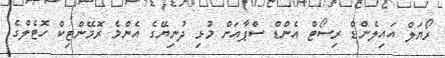
ރޯޔަލް އައިލެންޑް ރިސޯޓް އެންޑް ސްޕާއަށް މުޅި ދުނިޔޭގެ އެންމެ ރޮމޭންޓިކް ހޮޓެލްގެ